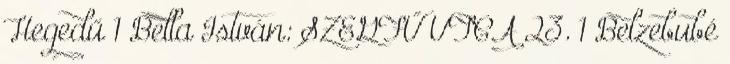
Hegedű 1 Bella István: SZEGFŰ UTCA 23. 1 Belzebubé